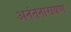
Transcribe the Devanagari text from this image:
अनंतनारायण